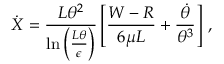
\dot { X } = \frac { L \theta ^ { 2 } } { \ln \left( \frac { L \theta } { \epsilon } \right) } \left[ \frac { W - R } { 6 \mu L } + \frac { \dot { \theta } } { \theta ^ { 3 } } \right] \, ,